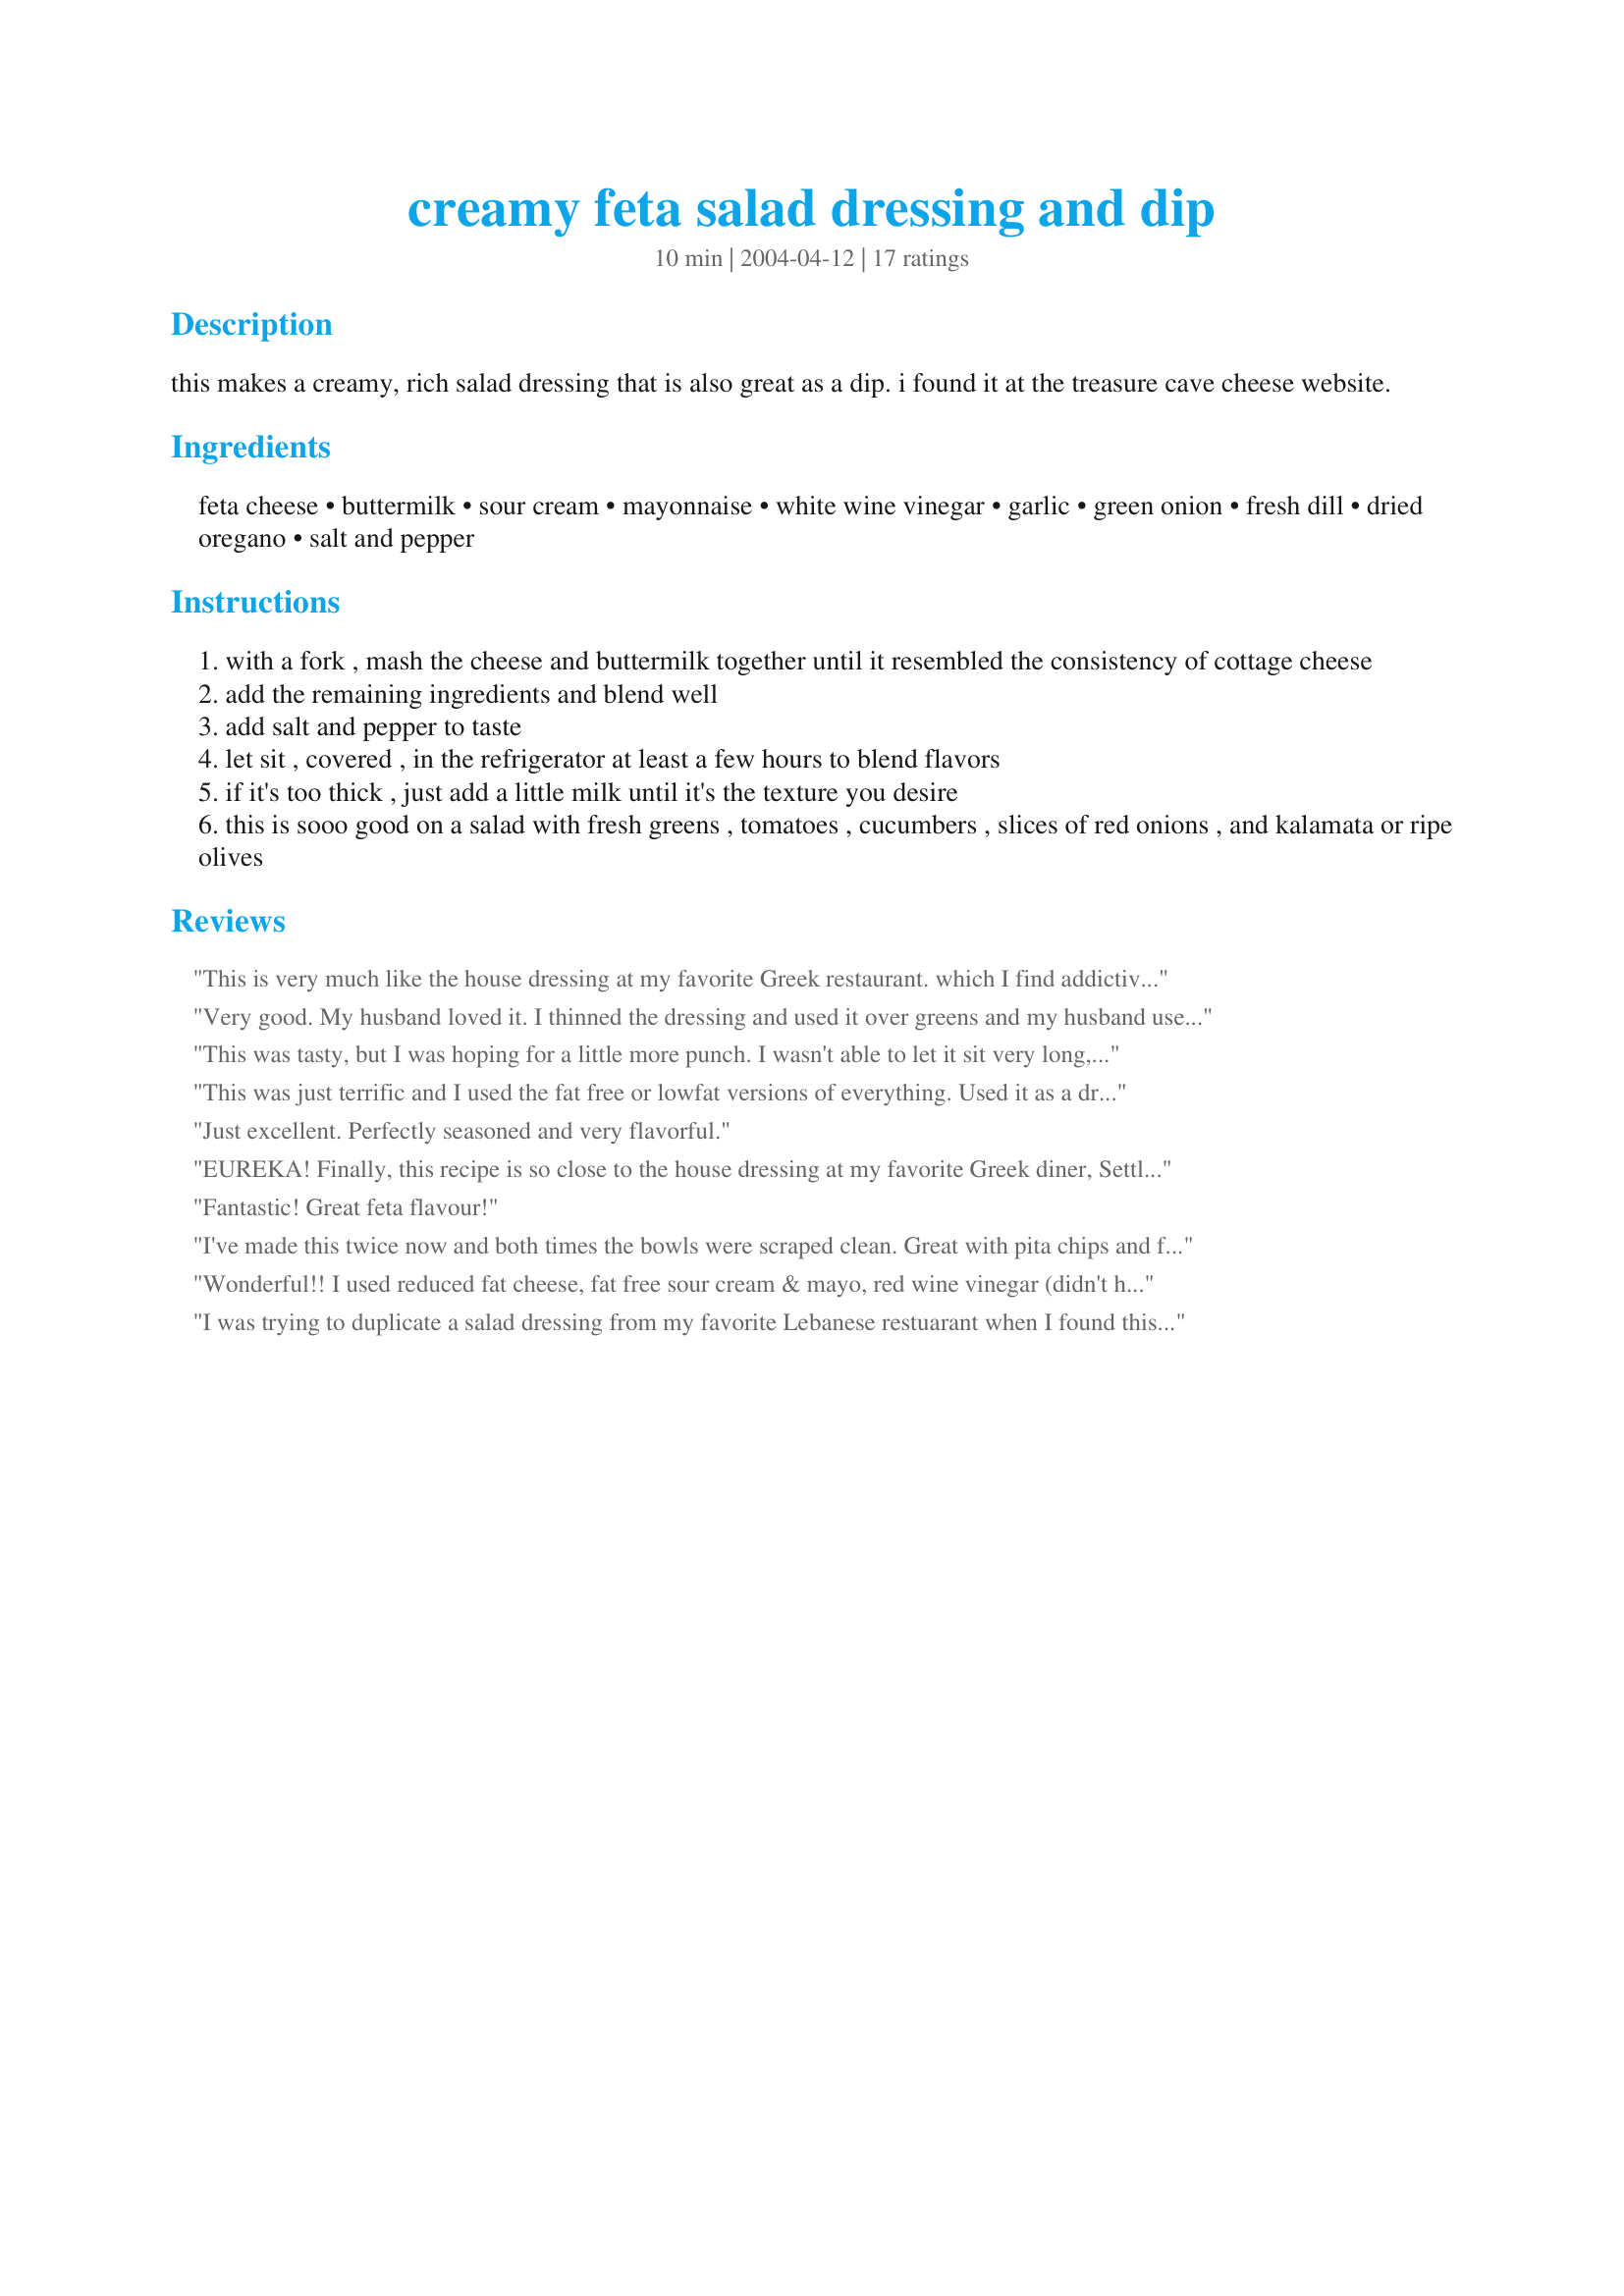
creamy feta salad dressing and dip
Preparation time: 10 minutes

this makes a creamy, rich salad dressing that is also great as a dip. i found it at the treasure cave cheese website.

Ingredients:
feta cheese, buttermilk, sour cream, mayonnaise, white wine vinegar, garlic, green onion, fresh dill, dried oregano, salt and pepper

Steps:
with a fork , mash the cheese and buttermilk together until it resembled the consistency of cottage cheese
add the remaining ingredients and blend well
add salt and pepper to taste
let sit , covered , in the refrigerator at least a few hours to blend flavors
if it's too thick , just add a little milk until it's the texture you desire
this is sooo good on a salad with fresh greens , tomatoes , cucumbers , slices of red onions , and kalamata or ripe olives

Reviews:
This is very much like the house dressing at my favorite Greek restaurant. which I find addictive. How often can you say you keep going back to a place for the salad?! I think next time I'll try lemon juice instead of the white wine vinegar, and a little less garlic. Maybe my garlic cloves were too big or something, but the garlic was overpowering. I'm thinking either garlic powder or one minced clove, and then taste and adjust. When i get it perfected, I'll post my version. Thanks for a great starting point! I've been wanting to make this for years.
Very good. My husband loved it. I thinned the dressing and used it over greens and my husband used it as a dip. For visitors I would make up little salad plates with assorted greens and drizzle the dressing.
This was tasty, but I was hoping for a little more punch. I wasn't able to let it sit very long, which may be my problem. Next time I may add more garlic and a squirt of lemon juice. Will make again, though.
This was just terrific and I used the fat free or lowfat versions of everything. Used it as a dressing for fruit and changed only the dill as I'm not a fan. Substituted basil and it was great. I plan to use the rest of it tomorrow on green salad. Very versatile dressing. Thanks so much, bumblebee5.
Just excellent. Perfectly seasoned and very flavorful.
EUREKA!

Finally, this recipe is so close to the house dressing at my favorite Greek diner, Settler's in Batavia NY. This is fantastic and addicting. 
I was in the middle of making Tzatziki, and I always try to tweak it a little bit. When I found this, I forgot the tzatziki, and simply added my shredded cucumbers and Fage Greek yogurt to this....even better! 
Because I am a sugar fiend, I put a teensy bit of raw honey in it also. 

Thank you! Fantastic!!!
Fantastic! Great feta flavour!
I've made this twice now and both times the bowls were scraped clean. Great with pita chips and fries too!
Wonderful!! I used reduced fat cheese, fat free sour cream & mayo, red wine vinegar (didn't have white). I still used the full amount of garlic even though I cut the recipe in half. I also used basil instead of dill, and didn't have any green onion! I added 1/4 tsp Mrs Dash tomato basil garlic seasoning. It was so good!!
I was trying to duplicate a salad dressing from my favorite Lebanese restuarant when I found this one and tried it. THIS IS EVEN BETTER! I love feta cheese and this is the best dressing ever - my husband is not very adventerous and always orders ranch drssing but he loves this!!
This was so good on a Greek style salad. Even used it on fresh tomato and cucumbers for an easy side with dinner. Thanks for the easy, tasty recipe!
Delicious! I added a little more garlic because we grow our own and love lots of it in just about everything. I will not be buying any bottled dressings anymore...such good recipes to be found in Zaar!
This was better than a 5 star recipe! We loved it. I made it intending to use it for a dressing, so I pulsed the cheese in my blender, added the milk, then the sour cream and mayo, lastly the garlic, onion and herbs. I went easy on the salt as I thought the mayo and feta would provide enough (it was perfect for us), and I added another 1/4 cup of buttermilk dressing to get a pouring consistency. This is getting better the longer it stands.
Hi Montana...this was awesome...wish I could give it more than 5 stars...had it tonight with a salad...added some chopped bacon, and had it as a main meal with crusty bread...made it in the morning, and let it blend in the refrigerator...delicious!...I will be making this again...thanks Montana for posting...keep up the good work sweetie...KC :-)
I absolutely loved it. It was easy to make, and I use feta in a lot of my cooking. I used it as both a salad dressing and a dip, it was wonderful. Great recipe!
I was trying to get a thick consistency for dip so I didn't use the milk. I really liked the flavor, the only thing I would change is to reduce the vinegar because it was quite tangy. It was a hit at my daughters' birthday party, served with veggies.
This is a nice change from the usual dressings.
